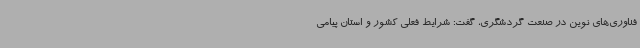
فناوری‌های نوین در صنعت گردشگری، گفت: شرایط فعلی کشور و استان پیامی